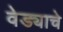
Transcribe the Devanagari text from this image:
वेड्याचे